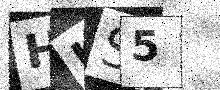
Text: HUS5